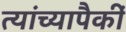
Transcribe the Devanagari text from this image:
त्यांच्यापैकीं